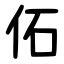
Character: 佦